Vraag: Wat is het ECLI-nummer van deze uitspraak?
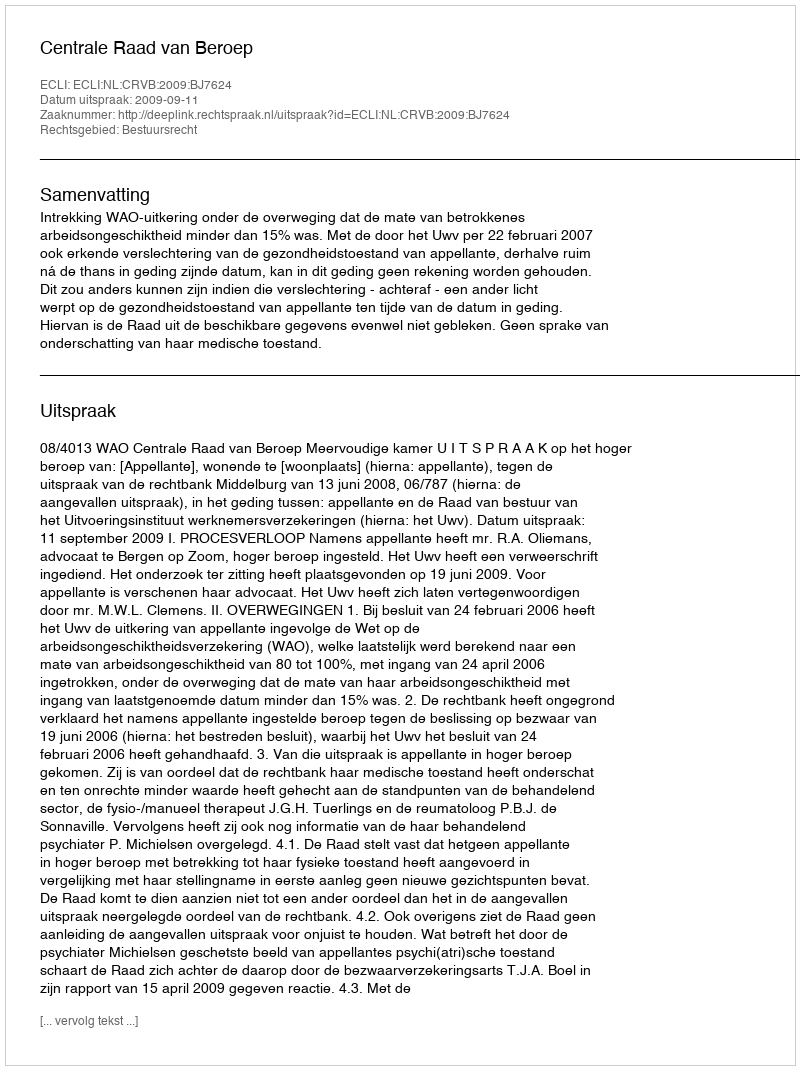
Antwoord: ECLI:NL:CRVB:2009:BJ7624